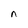
Character: n